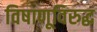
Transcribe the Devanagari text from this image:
विषाणूविरुद्ध